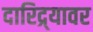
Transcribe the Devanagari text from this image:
दारिद्र्यावर